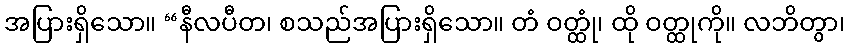
အပြားရှိသော။ “နီလပီတ၊ စသည်အပြားရှိသော။ တံ ဝတ္ထုံ၊ ထို ဝတ္ထုကို။ လဘိတွာ၊